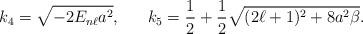
LaTeX: \begin{align*}k_4=\sqrt{-2E_{n\ell}a^2},\ \ \ \ \ k_5=\frac{1}{2}+\frac{1}{2}\sqrt{(2\ell+1)^2+8a^2\beta}.\end{align*}